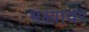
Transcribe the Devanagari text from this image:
भक्ष्यावर